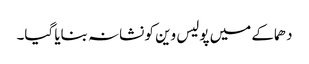
دھماکے میں پولیس وین کو نشانہ بنایا گیا۔